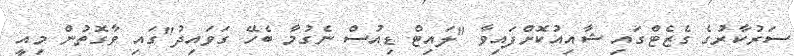
ސަރުކާރުގެ ގެޒެޓްގައި ޝާއިއުކޮށްފައިވާ "ލައިޓް ޑިއުސް ނެގުމާ ބެހޭ ގަވައިދު"ގައި ވާގޮތުން މިއީ